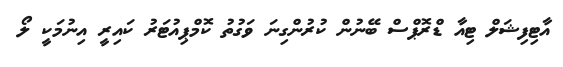
އާޓިފިޝަލް ޓިއާ ޑްރޮޕްސް ބޭނުން ކުރުންގިނަ ވަގުތު ކޮމްޕިއުޓަރު ކައިރީ އިނުމަކީ ލޯ